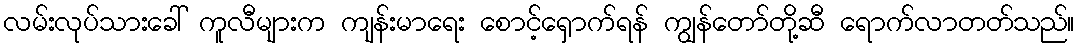
လမ်းလုပ်သားခေါ် ကူလီများက ကျန်းမာရေး စောင့်ရှောက်ရန် ကျွန်တော်တို့ဆီ ရောက်လာတတ်သည်။